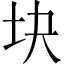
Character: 块